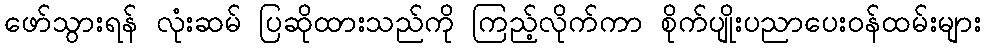
ဖော်သွားရန် လုံးဆမ် ပြဆိုထားသည်ကို ကြည့်လိုက်ကာ စိုက်ပျိုးပညာပေးဝန်ထမ်းများ